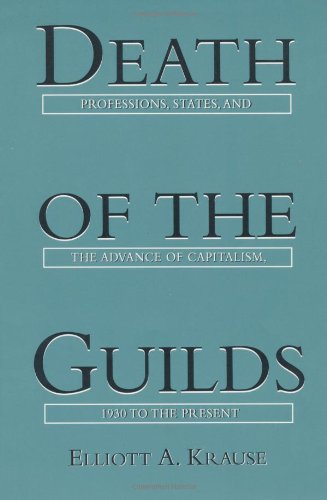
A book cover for Death of the Guilds: Professions, States, and the Advance of Capitalism, 1930 to the Present; Elliott A. Krause; Business & Money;